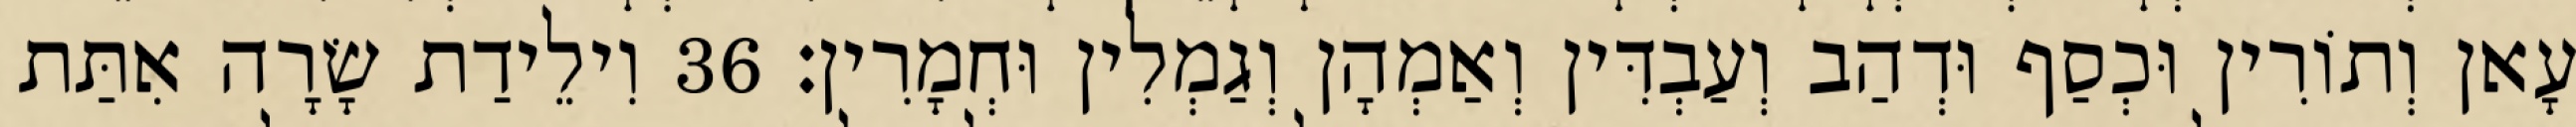
עָאן וְתוֹרִין וּכְסַף וּדְהַב וְעַבְדִּין וְאַמְהָן וְגַמְלִין וּחְמָרִין׃ 36 וִילֵידַת שָׂרָה אִתַּת